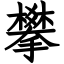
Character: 攀